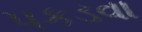
પકડવા